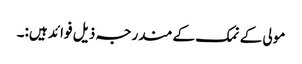
مولی کے نمک کے مندرجہ ذیل فوائد ہیں:۔